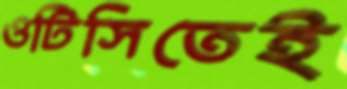
ওটিসিতেই